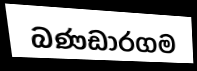
බණඩාරගම